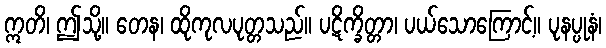
ဣတိ၊ ဤသို့။ တေန၊ ထိုကုလပုတ္တသည်။ ပဋိက္ခိတ္တာ၊ ပယ်သောကြောင့်။ ပုနပ္ပုနံ၊